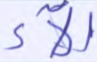
آلاء